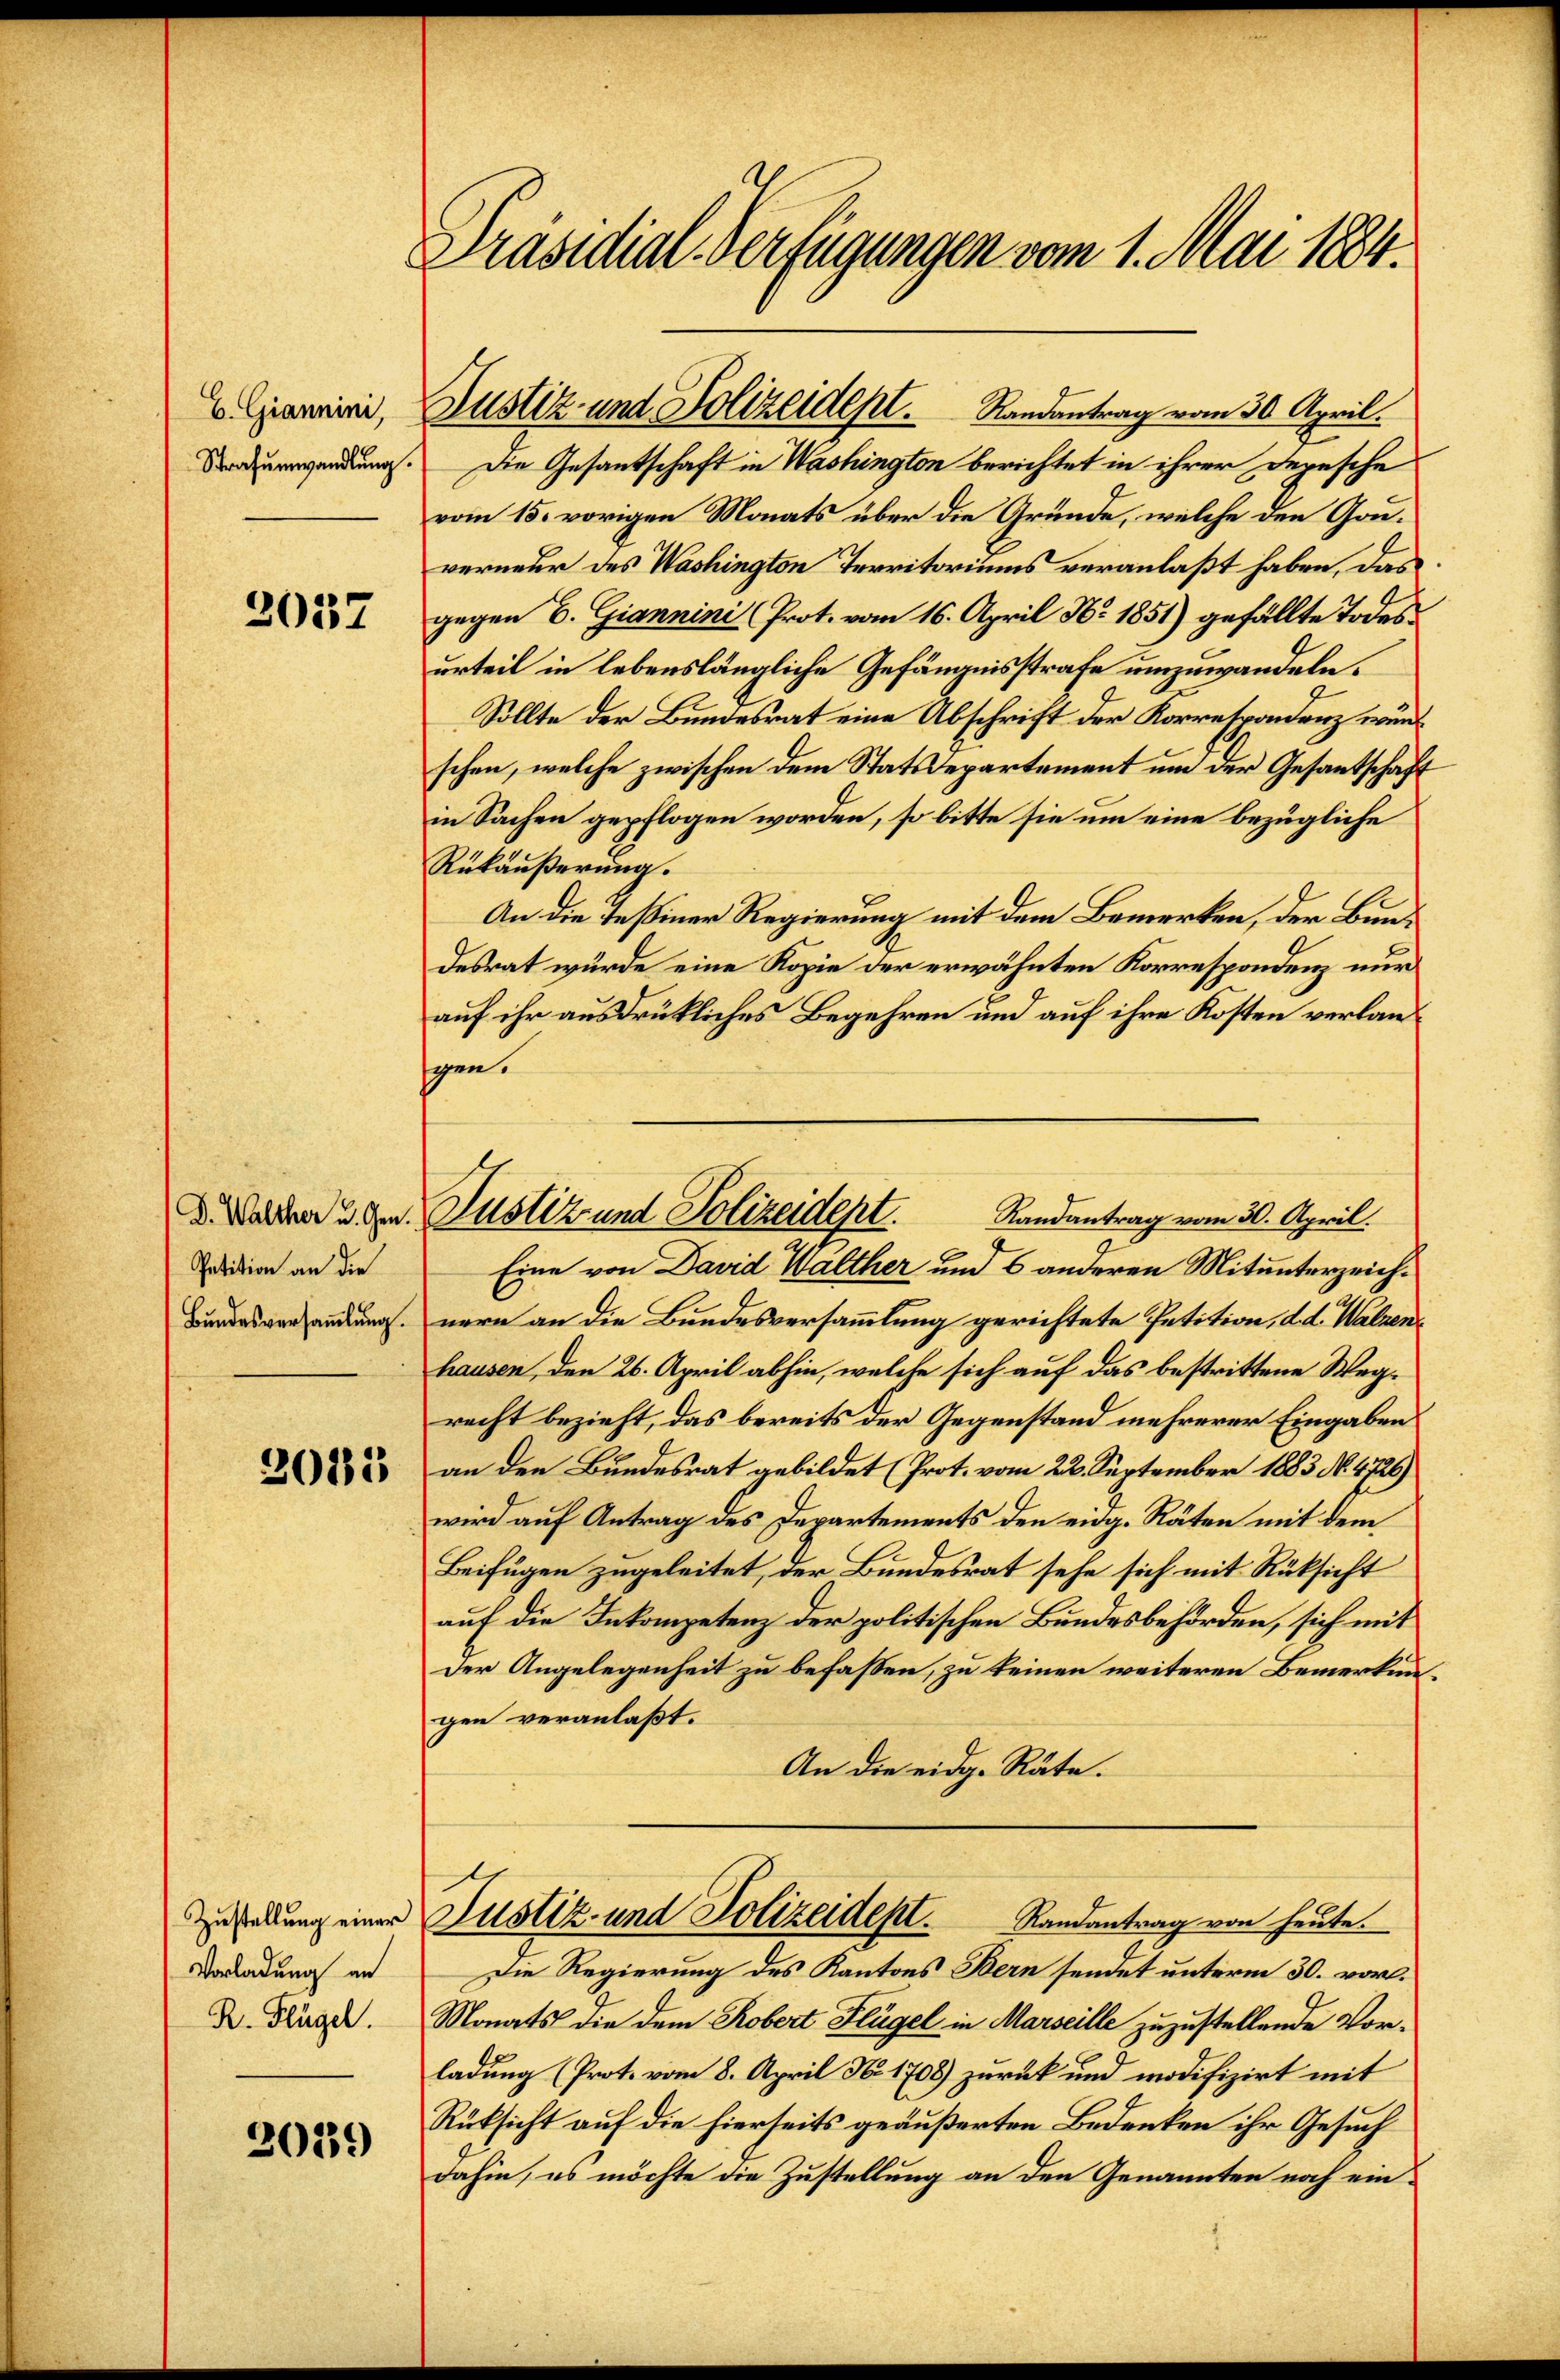
B. Giannini,
Strafumwandlung.

2037

D. Walther u. Gen
Petition an die
Bundesversaṁlŭng.

2083

Zustellung einer
Vorladung an
R. Flügel.

2039

Präsidial-Verfügungen vom 1. Mai 1884.

Justiz- und Polizeidept. Randantrag vom 30. April.

Justiz und Polizeidept
Randantrag vom 30. April.

Die Gesantschaft in Washington berichtet in ihrer Depesche
vom 15. vorigen Monats über die Gründe, welche den Gouverneur des Washington Territoriums veranlaßt haben, das
gegen E. Giannini Prot. vom 16. April Nr 1851) gefällte Todesurteil in lebenslängliche Gefängnisstrafe umzuwandeln.
Sollte der Bundesrat eine Abschrift der Korrespondenz wand
schen, welche zwischen dem Statsdepartement um der Gesantschaft
in Sachen gepflogen worden, so bitte sie um eine bezügliche
Rükäußerung.
An die Teßiner Regierung mit dem Bemerken, der Bundesrat wurde eine Kopie der erwähnten Korrespondenz nur
auf ihr ausdrückliches Begehren und auf ihre Kosten verlansgen.
Eine von David Walther und 6 anderen Mitunterzeichnern an die Bundesversammlung gerichtete Petition, d. d. Walzen
hausen, den 26. April abhin, welche sich auf das bestrittene Wegrecht bezieht, das bereits der Gegenstand mehrerer Eingaben
an den Bundesrat gebildet (Prot. vom 22. September 1883 No. 4726)
wird auf Antrag des Departements den eidg. Räten mit dem
Beifügen zugeleitet, der Bundesrat sehe sich mit Rücksicht
auf die Inkompetenz der politischen Bundesbehörden, sich mit
Der Angelegenheit zu befassen, zu keinen weiteren Bemerkungen veranlaßt.
An die eidg. Räte.
Justiz- und Polizeidept.
Randantrag von heute.
Die Regierung des Kantons Bern sendet unterm 30. vor.
Monats die dem Robert Flügel in Marseille zuzustellende Vorladung (Prot. vom 8. April No 1708) zurück und modifizirt mit
Rüksicht auf die hierseits geäußerten Bedenken ihr Gesuch
dahin, es möchte die Zustellung an den Genannten noch ein¬